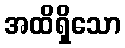
အထိရှိသော